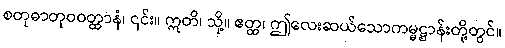
စတုဓာတုဝဝတ္ထာနံ၊ ၎င်း။ ဣတိ၊ သို့။ ဧတ္ထ၊ ဤလေးဆယ်သောကမ္မဋ္ဌာန်းတို့တွင်။